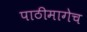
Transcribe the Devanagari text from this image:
पाठीमागेच